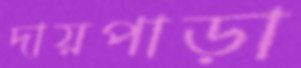
দায়পাড়া